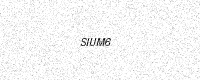
Text: SIUM6